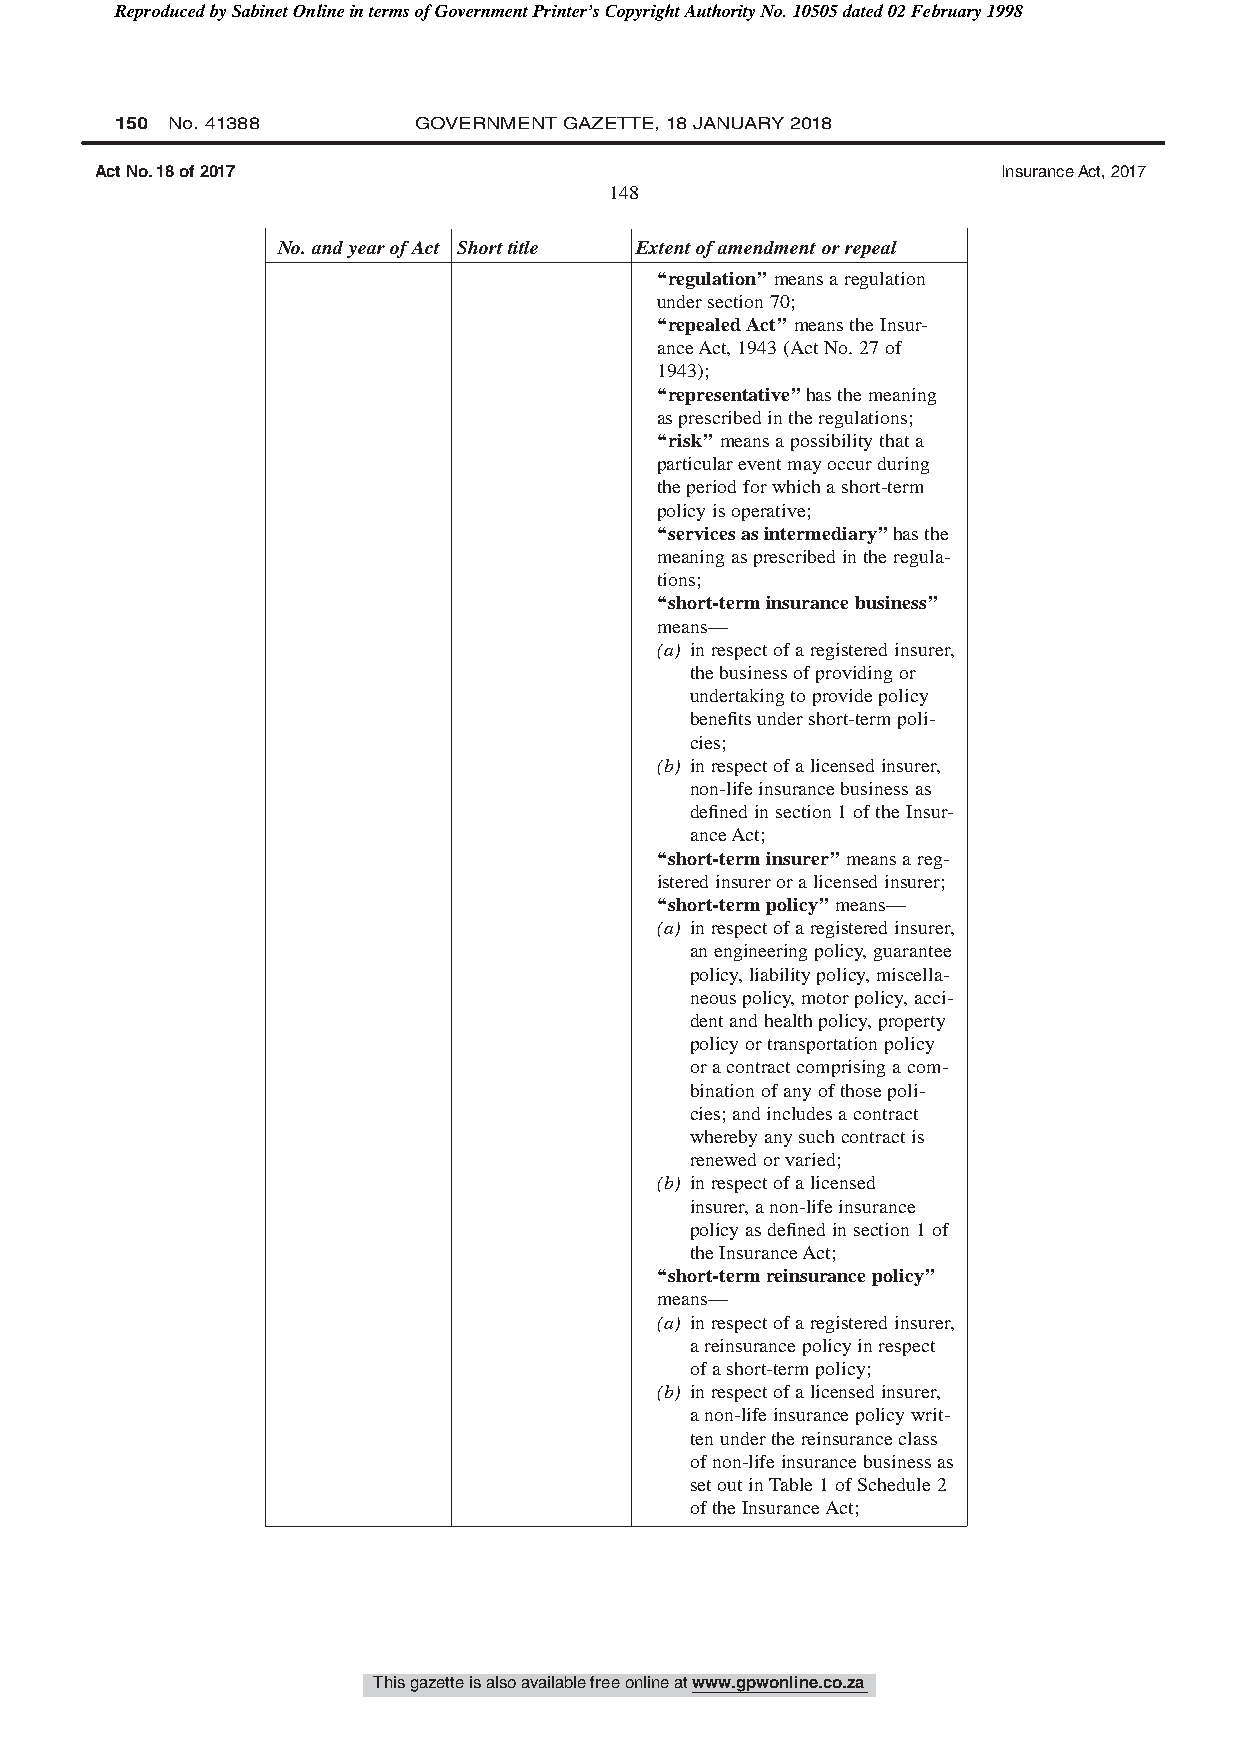
Reproduced by Sabinet Online in terms of Government Printer’s Copyright Authority No. 10505 dated 02 February 1998
 150 No. 41388      GOVERNMENT GAZETTE, 18 JANUARY 2018
 Act No. 18 of 2017                                          Insurance Act, 2017
 148
 No.andyearofAct Shorttitle Extentofamendmentorrepeal
 ‘‘regulation’’meansaregulation
 undersection70;
 ‘‘repealedAct’’meanstheInsur-
 anceAct,1943(ActNo.27of
 1943);
 ‘‘representative’’hasthemeaning
 asprescribedintheregulations;
 ‘‘risk’’meansapossibilitythata
 particulareventmayoccurduring
 theperiodforwhichashort-term
 policyisoperative;
 ‘‘servicesasintermediary’’hasthe
 meaningasprescribedintheregula-
 tions;
 ‘‘short-terminsurancebusiness’’
 means—
 (a) inrespectofaregisteredinsurer,
 thebusinessofprovidingor
 undertakingtoprovidepolicy
 benefitsundershort-termpoli-
 cies;
 (b) inrespectofalicensedinsurer,
 non-lifeinsurancebusinessas
 definedinsection1oftheInsur-
 anceAct;
 ‘‘short-terminsurer’’meansareg-
 isteredinsureroralicensedinsurer;
 ‘‘short-termpolicy’’means—
 (a) inrespectofaregisteredinsurer,
 anengineeringpolicy,guarantee
 policy,liabilitypolicy,miscella-
 neouspolicy,motorpolicy,acci-
 dentandhealthpolicy,property
 policyortransportationpolicy
 oracontractcomprisingacom-
 binationofanyofthosepoli-
 cies;andincludesacontract
 wherebyanysuchcontractis
 renewedorvaried;
 (b) inrespectofalicensed
 insurer,anon-lifeinsurance
 policyasdefinedinsection1of
 theInsuranceAct;
 ‘‘short-termreinsurancepolicy’’
 means—
 (a) inrespectofaregisteredinsurer,
 areinsurancepolicyinrespect
 ofashort-termpolicy;
 (b) inrespectofalicensedinsurer,
 anon-lifeinsurancepolicywrit-
 tenunderthereinsuranceclass
 ofnon-lifeinsurancebusinessas
 setoutinTable1ofSchedule2
 oftheInsuranceAct;
 This gazette is also available free online at www.gpwonline.co.za